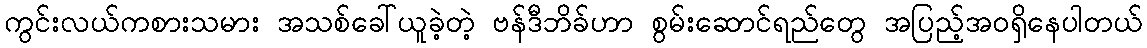
ကွင်းလယ်ကစားသမား အသစ်ခေါ်ယူခဲ့တဲ့ ဗန်ဒီဘိခ်ဟာ စွမ်းဆောင်ရည်တွေ အပြည့်အဝရှိနေပါတယ်